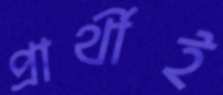
প্রার্থীই